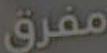
مفرق